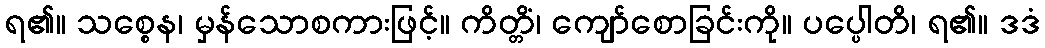
ရ၏။ သစ္စေန၊ မှန်သောစကားဖြင့်။ ကိတ္တိံ၊ ကျော်စောခြင်းကို။ ပပ္ပေါတိ၊ ရ၏။ ဒဒံ